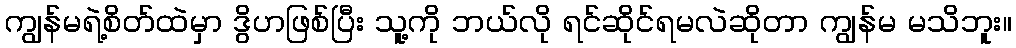
ကျွန်မရဲ့စိတ်ထဲမှာ ဒွိဟဖြစ်ပြီး သူ့ကို ဘယ်လို ရင်ဆိုင်ရမလဲဆိုတာ ကျွန်မ မသိဘူး။